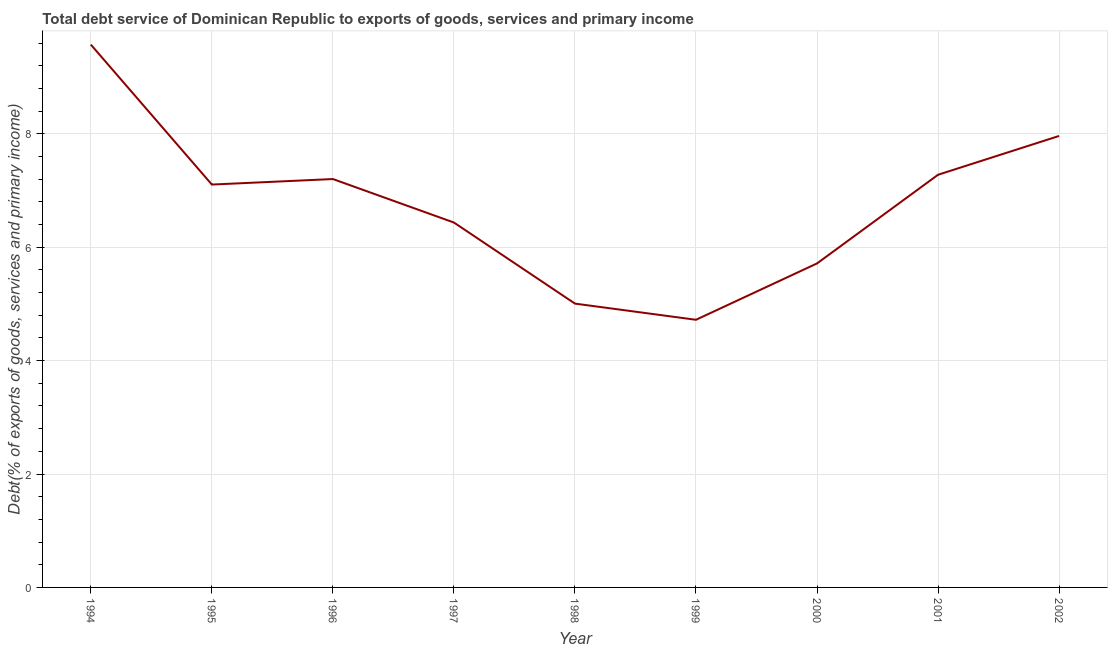
| Year | Total debt service |
 | --- | --- |
 | 1994 | 9.57 |
 | 1995 | 7.1 |
 | 1996 | 7.2 |
 | 1997 | 6.43 |
 | 1998 | 5 |
 | 1999 | 4.72 |
 | 2000 | 5.71 |
 | 2001 | 7.28 |
 | 2002 | 7.96 |